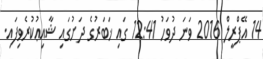
14 އޭޕްރީލް 2016 ވަނަ ދުވަހު 12:41 ގައި ޚަބަރުގެ ދަށުގައި ޝާއިޢުކުރެވިފައި.